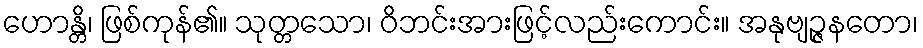
ဟောန္တိ၊ ဖြစ်ကုန်၏။ သုတ္တသော၊ ဝိဘင်းအားဖြင့်လည်းကောင်း။ အနုဗျဉ္ဇနတော၊